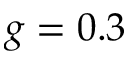
g = 0 . 3